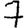
Digit: 7